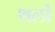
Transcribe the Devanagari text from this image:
थर्लो